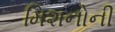
મિશનોની